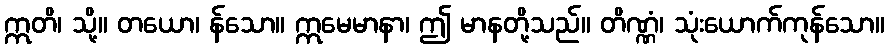
ဣတိ၊ သို့။ တယော၊ န်သော။ ဣမေမာနာ၊ ဤ မာနတို့သည်။ တိဏ္ဏံ၊ သုံးယောက်ကုန်သော။